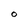
Character: O